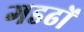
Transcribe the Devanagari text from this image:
गडढों